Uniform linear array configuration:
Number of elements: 32
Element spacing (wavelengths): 1
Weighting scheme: uniform
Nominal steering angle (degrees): -45
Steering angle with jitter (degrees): -45.08
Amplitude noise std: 0.05
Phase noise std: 0.05

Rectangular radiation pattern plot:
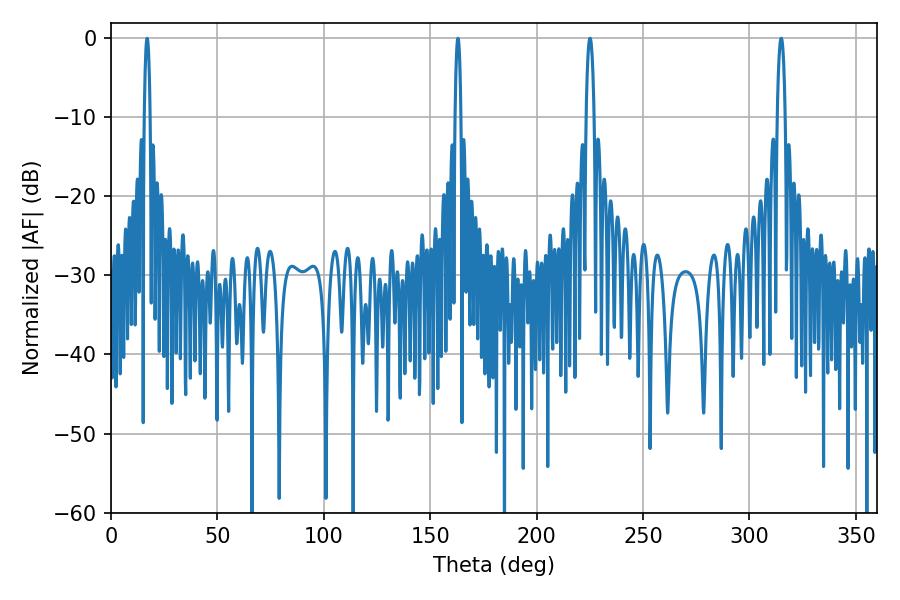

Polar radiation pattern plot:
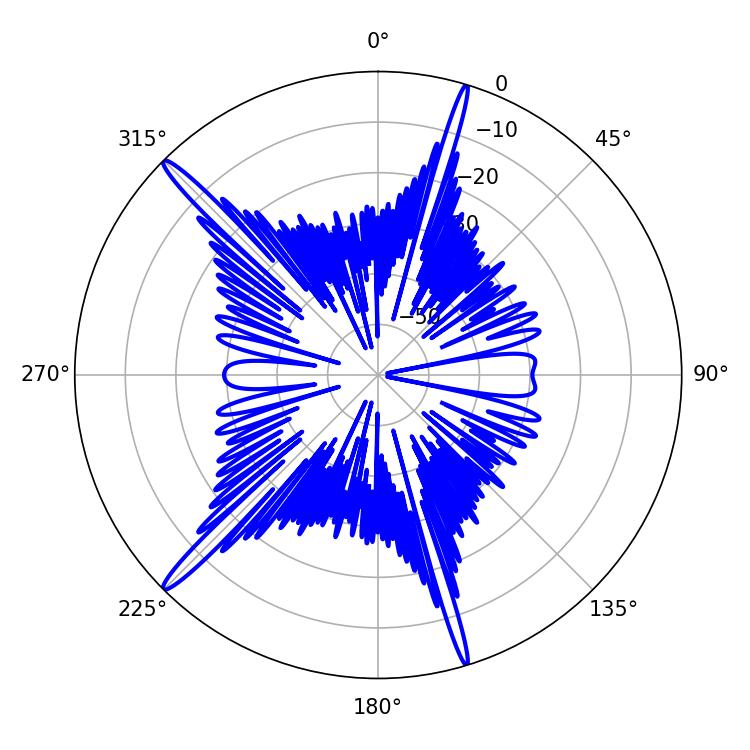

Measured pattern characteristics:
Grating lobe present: TRUE
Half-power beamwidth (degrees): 1.44
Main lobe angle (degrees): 16.92